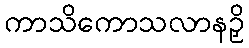
ကာသိကောသလာနဉှိ